Madras plague regulations and rules - Volume 1
Disease focus: Plague
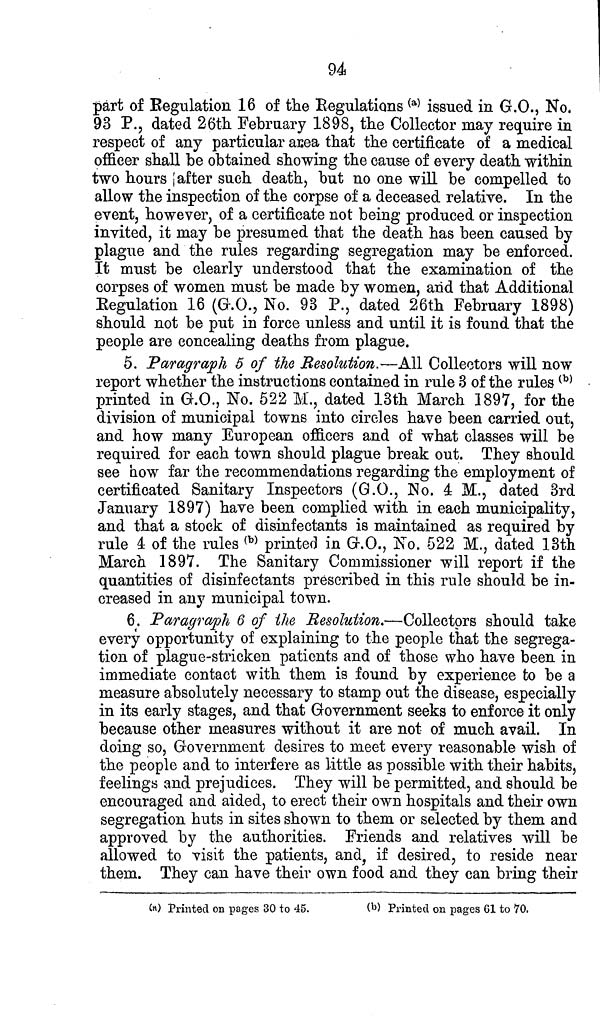
94
part of Regulation 16 of the Regulations (a) issued in G.O., No.
93 P., dated 26th February 1898, the Collector may require in
respect of any particular area that the certificate of a medical
officer shall be obtained showing the cause of every death within
two hours after such death, but no one will be compelled to
allow the inspection of the corpse of a deceased relative. In the
event, however, of a certificate not being produced or inspection
invited, it may be presumed that the death has been caused by
plague and the rules regarding segregation may be enforced.
It must be clearly understood that the examination of the
corpses of women must be made by women, arid that Additional
Regulation 16 (G.O., No. 93 P., dated 26th February 1898)
should not be put in force unless and until it is found that the
people are concealing deaths from plague.
5. Paragraph 5 of the Resolution.—All Collectors will now
report whether the instructions contained in rule 3 of the rules (b)
printed in G.O., No. 522 M., dated 13th March 1897, for the
division of municipal towns into circles have been carried out,
and how many European officers and of what classes will be
required for each town should plague break out. They should
see bow far the recommendations regarding the employment of
certificated Sanitary Inspectors (G.O., No. 4 M., dated 3rd
January 1897) have been complied with in each municipality,
and that a stock of disinfectants is maintained as required by
rule 4 of the rules (b) printed in G.O., No. 522 M., dated 13th
March 1897. The Sanitary Commissioner will report if the
quantities of disinfectants prescribed in this rule should be in-
creased in any municipal town.
6. Paragraph 6 of the Resolution.—Collectors should take
every opportunity of explaining to the people that the segrega-
tion of plague-stricken patients and of those who have been in
immediate contact with them is found by experience to be a
measure absolutely necessary to stamp out the disease, especially
in its early stages, and that Government seeks to enforce it only
because other measures without it are not of much avail. In
doing so, Government desires to meet every reasonable wish of
the people and to interfere as little as possible with their habits,
feelings and prejudices. They will be permitted, and should be
encouraged and aided, to erect their own hospitals and their own
segregation huts in sites shown to them or selected by them and
approved by the authorities. Friends and relatives will be
allowed to visit the patients, and, if desired, to reside near
them. They can have their own food and they can bring their
(a) Printed on pages 30 to 45.
(b) Printed on pages 61 to 70.